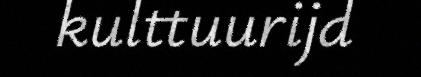
kulttuurijd